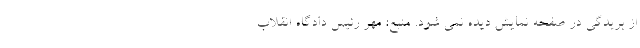
از بریدگی در صفحه نمایش دیده نمی شود. منبع: مهر رئیس دادگاه انقلاب